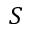
S